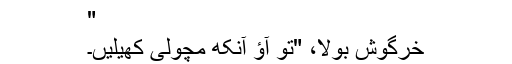
"
خرگوش بولا، "تو آؤ آنکھ مچولی کھیلیں۔